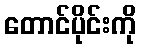
တောင်ပိုင်းကို